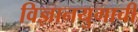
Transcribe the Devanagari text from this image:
विज्ञानयुगाची